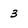
Character: 3